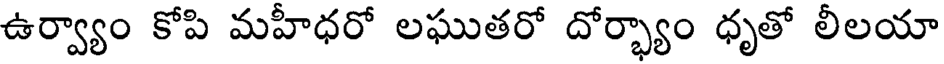
ఉర్వ్యాం కోపి మహీధరో లఘుతరో దోర్భ్యాం ధృతో లీలయా